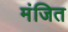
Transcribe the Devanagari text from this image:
मंजित